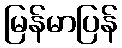
မြန်မာပြန်